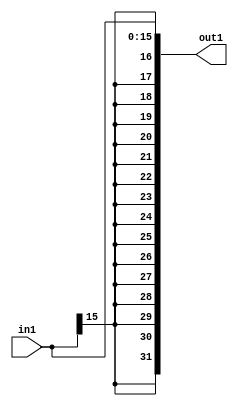
module signext(in1,out1);
input [15:0] in1;
output [31:0] out1;
assign 	 out1 = {{ 16 {in1[15]}}, in1};
endmodule